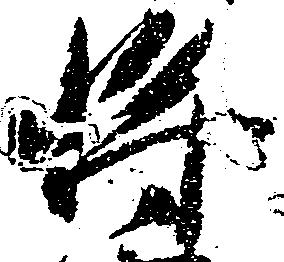
将